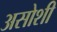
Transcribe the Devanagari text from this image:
असोशी